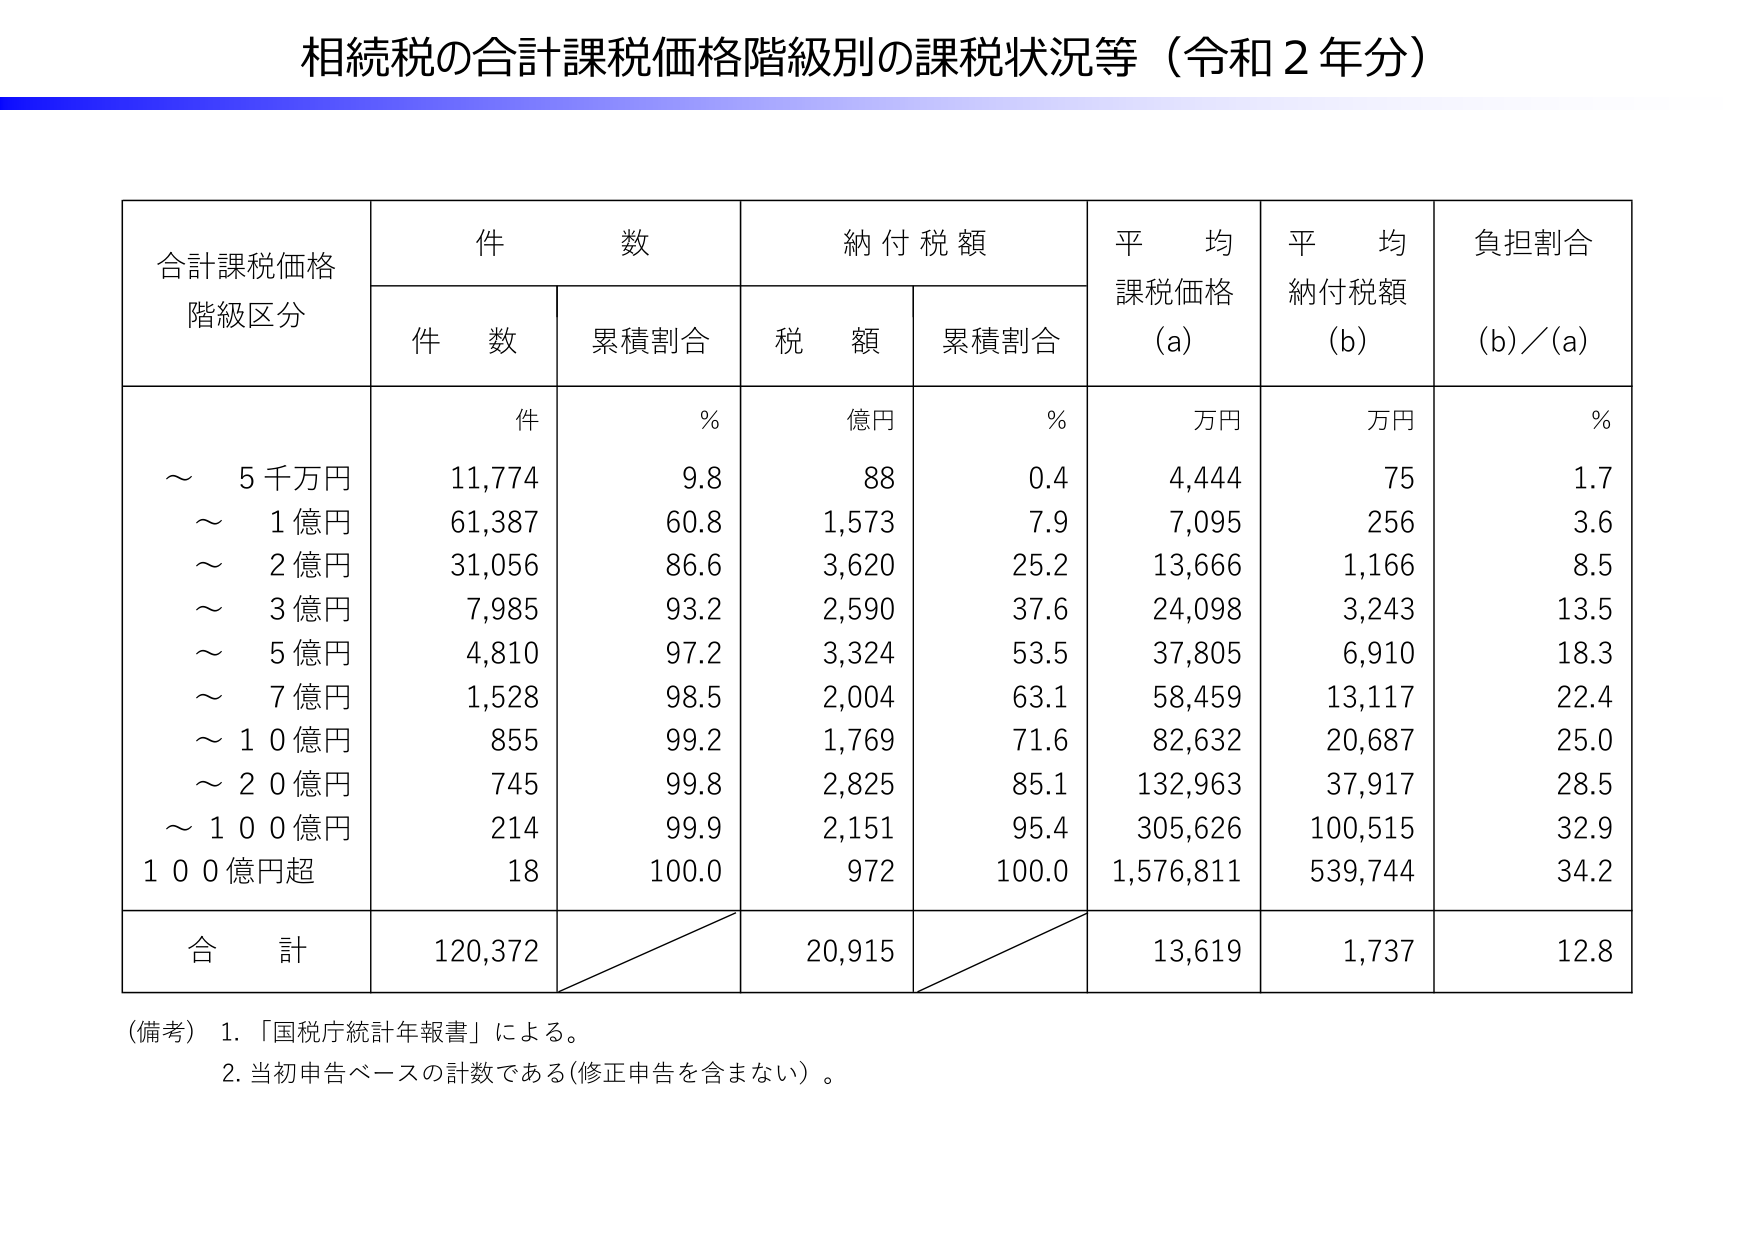
相続税の合計課税価格階級別の課税状況等（令和２年分）

合計課税価格
階級区分

件数
件数
累積割合
納付税額
税額
累積割合
平均
課税価格
(a)
平均
納付税額
(b)
負担割合
(b)/(a)

件
%
億円
%
万円
万円
%

～ 5千万円
11,774
9.8
88
0.4
4,444
75
1.7

～ 1億円
61,387
60.8
1,573
7.9
7,095
256
3.6

～ 2億円
31,056
86.6
3,620
25.2
13,666
1,166
8.5

～ 3億円
7,985
93.2
2,590
37.6
24,098
3,243
13.5

～ 5億円
4,810
97.2
3,324
53.5
37,805
6,910
18.3

～ 7億円
1,528
98.5
2,004
63.1
58,459
13,117
22.4

～ 10億円
855
99.2
1,769
71.6
82,632
20,687
25.0

～ 20億円
745
99.8
2,825
85.1
132,963
37,917
28.5

～ 100億円
214
99.9
2,151
95.4
305,626
100,515
32.9

100億円超
18
100.0
972
100.0
1,576,811
539,744
34.2

合計
120,372
20,915
13,619
1,737
12.8

（備考） 1. 「国税庁統計年報書」による。
2. 当初申告ベースの計数である（修正申告を含まない）。